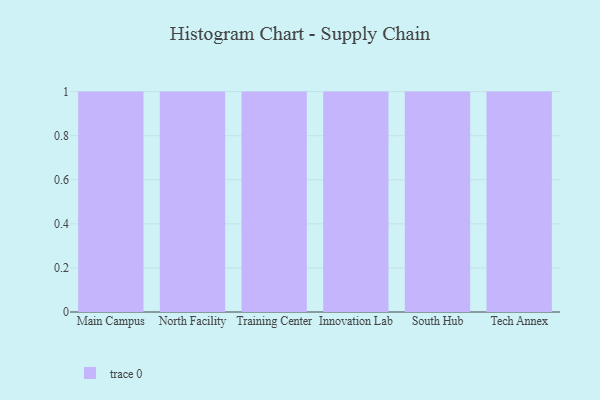
{"axis": {"x": "Campus", "y": "Temperature (°C)"}, "legend": [""], "data": [{"x": "Main Campus", "y": 99, "type": ""}, {"x": "North Facility", "y": 96, "type": ""}, {"x": "Training Center", "y": 74, "type": ""}, {"x": "Innovation Lab", "y": 10, "type": ""}, {"x": "South Hub", "y": 99, "type": ""}, {"x": "Tech Annex", "y": 66, "type": ""}]}